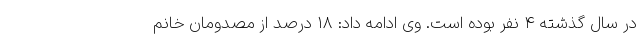
در سال گذشته ۴ نفر بوده است. وی ادامه داد: ۱۸ درصد از مصدومان خانم